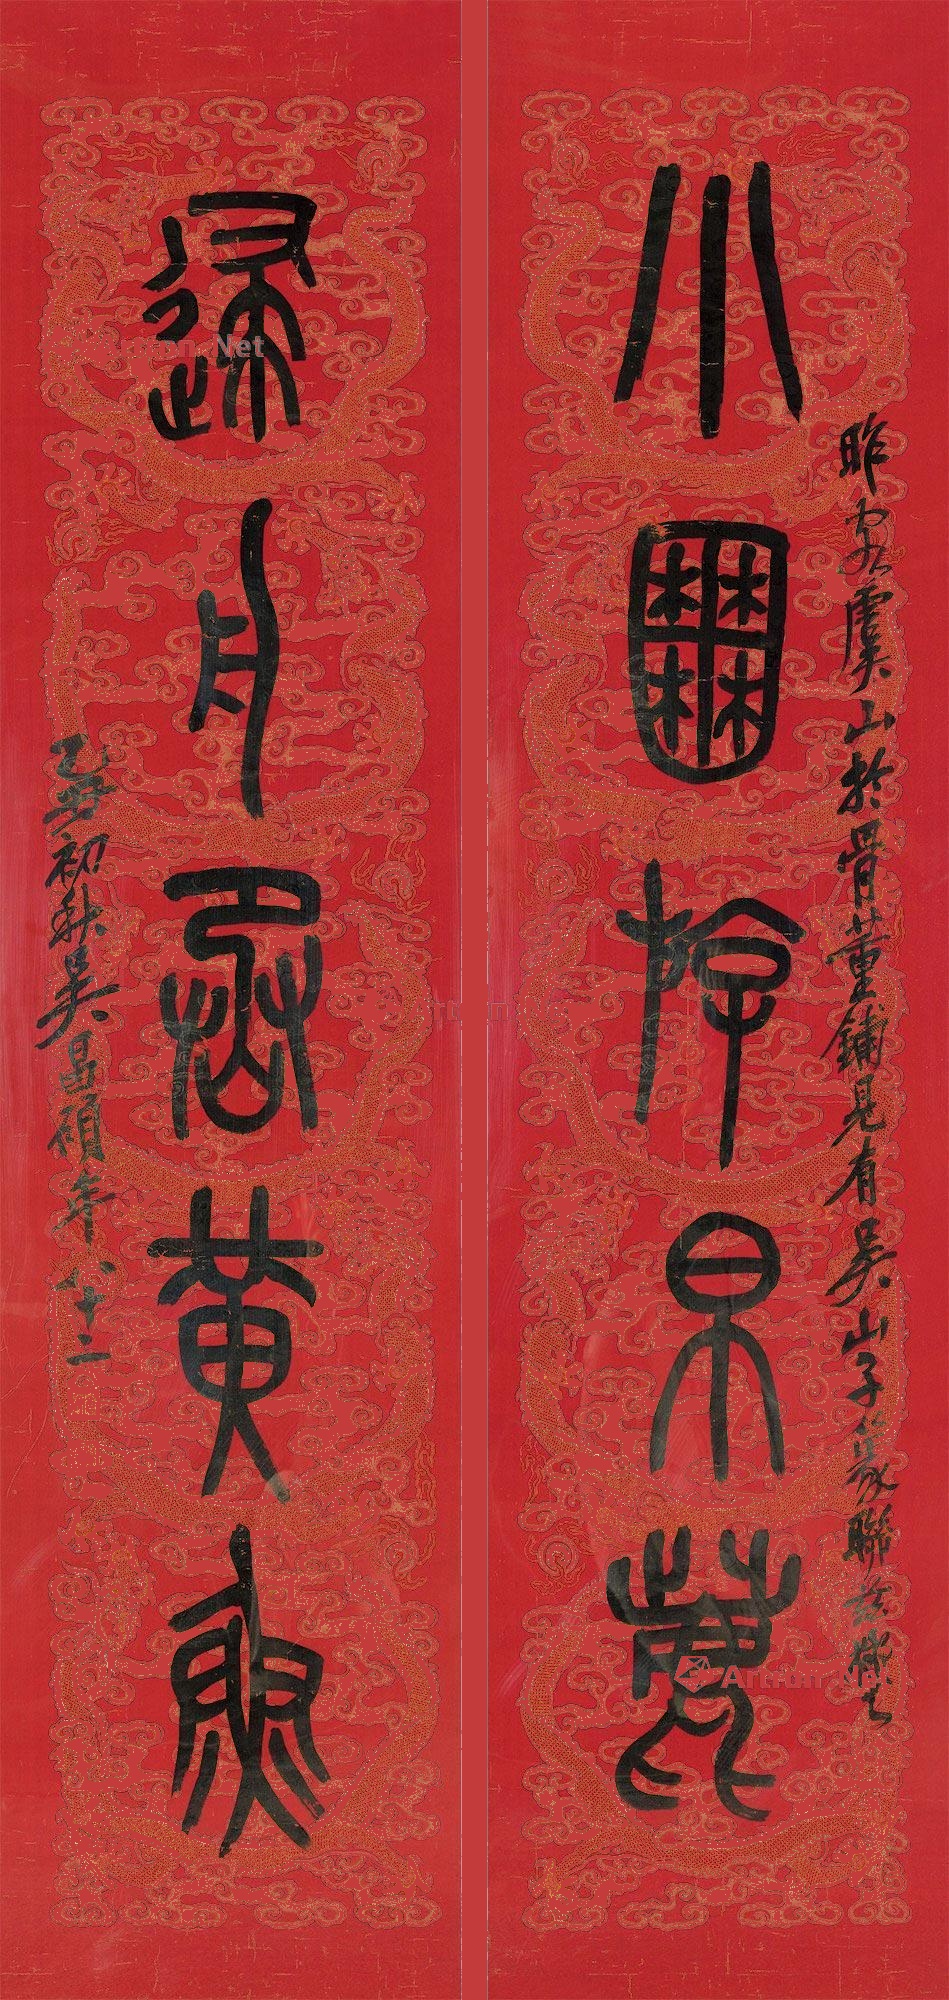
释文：小圃游白鹿，归舟乘黄鱼。昨客虞山，于古董铺见有吴山子篆联，兹拟之。乙丑初秋，吴昌硕年八十二。